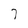
Character: 7